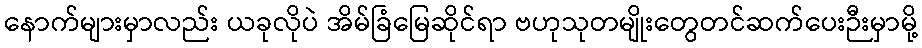
နောက်များမှာလည်း ယခုလိုပဲ အိမ်ခြံမြေဆိုင်ရာ ဗဟုသုတမျိုးတွေတင်ဆက်ပေးဉီးမှာမို့